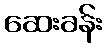
ဆေးခန်း